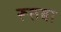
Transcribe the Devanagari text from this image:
रूतबा